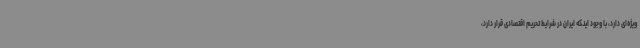
ویژه‌ای دارد، با وجود اینکه ایران در شرایط تحریم اقتصادی قرار دارد،